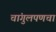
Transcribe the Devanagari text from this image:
चांगुलपणचा